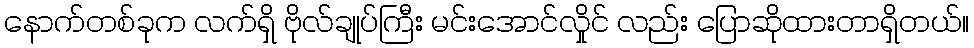
နောက်တစ်ခုက လက်ရှိ ဗိုလ်ချုပ်ကြီး မင်းအောင်လှိုင် လည်း ပြောဆိုထားတာရှိတယ်။